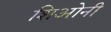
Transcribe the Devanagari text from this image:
शिओनी